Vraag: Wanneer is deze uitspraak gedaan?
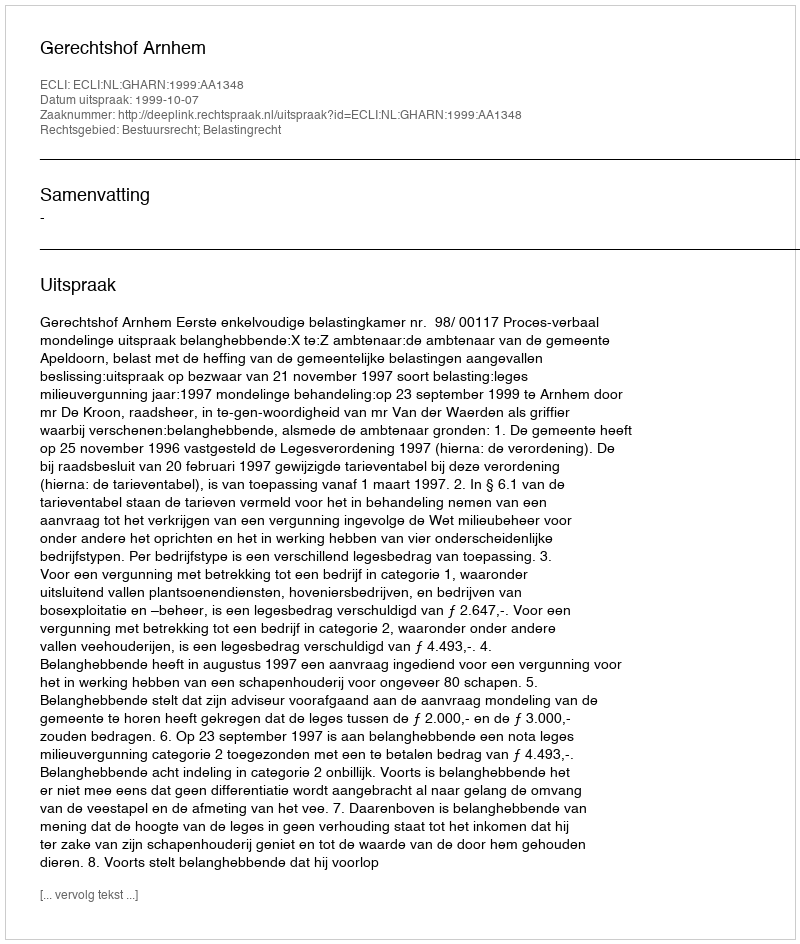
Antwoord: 1999-10-07